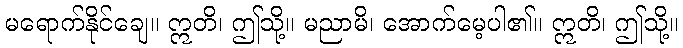
မရောက်နိုင်ချေ။ ဣတိ၊ ဤသို့။ မညာမိ၊ အောက်မေ့ပါ၏။ ဣတိ၊ ဤသို့။